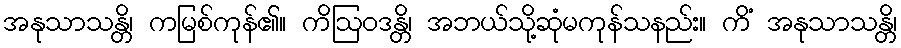
အနုသာသန္တိ၊ ကမြစ်ကုန်၏။ ကိဩဝဒန္တိ၊ အဘယ်သို့ဆုံမကုန်သနည်း။ ကိံ အနုသာသန္တိ၊